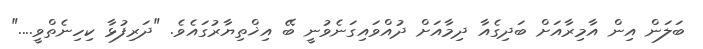
ބަލަން އިން އާމިރާއަށް ބަދިގެއާ ދިމާއަށް ދުއްވައިގަނެވުނީ ބޭ އިޚްތިޔާރުގައެވެ. "ދަރިފުޅާ ކިހިނެތްވީ...."